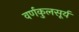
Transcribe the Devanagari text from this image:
वर्णकुलसूर्य